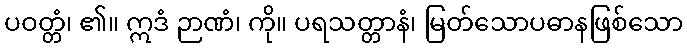
ပဝတ္တံ၊ ၏။ ဣဒံ ဉာဏံ၊ ကို။ ပရသတ္တာနံ၊ မြတ်သောပဓာနဖြစ်သော